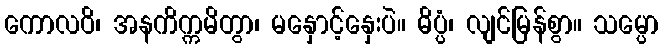
ကောလဝိ၊ အနကိက္ကမိတွာ၊ မနှောင့်နှေးပဲ။ ဓိပ္ပံ၊ လျင်မြန်စွာ။ သမ္ပော